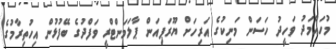
މުހައްމަދު ވަހީދު ހަސަން މަނިކުގެ އަރިހަށް ޔޫރަޕިއަން ޕާލަމަންޓްރީ ވަފްދުގެ ބޭފުޅުން އިހުތިރާމުގެ